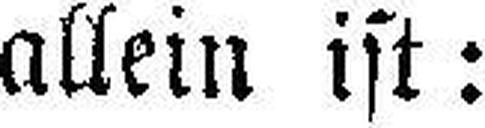
allein ist: